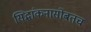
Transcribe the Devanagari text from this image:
सिद्धांकनासोबतच